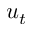
u _ { t }